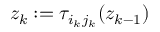
z _ { k } : = \tau _ { i _ { k } j _ { k } } ( z _ { k - 1 } )